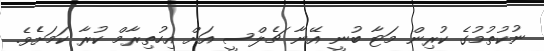
ނުކުތުމުގެ ކުރިން މަޓާ ބުނީ އޭނާ ޗެލްސީ އަށް އިހުތިރާމް ކުރާ ކަމަށެެވެ.